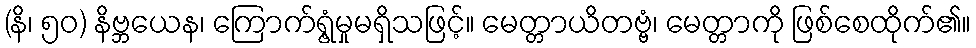
(နိ၊ ၅၀) နိဗ္ဘယေန၊ ကြောက်ရွံ့မှုမရှိသဖြင့်။ မေတ္တာယိတဗ္ဗံ၊ မေတ္တာကို ဖြစ်စေထိုက်၏။